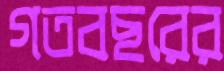
গতবছরের